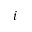
i